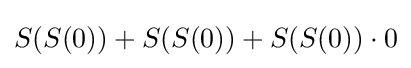
S(S(0))+S(S(0))+S(S(0))\cdot 0